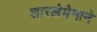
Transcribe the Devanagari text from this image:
शारलेमेनाने